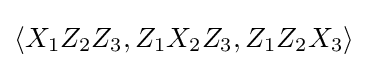
\langle X_{1}Z_{2}Z_{3},Z_{1}X_{2}Z_{3},Z_{1}Z_{2}X_{3}\rangle